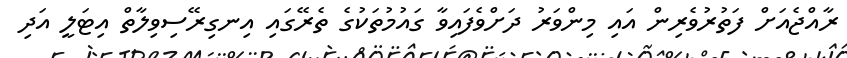
ރާއްޖެއަށް ފަތުރުވެރިން އައި މިންވަރު ދަށްވެފައިވާ ގައުމުތަކުގެ ތެރޭގައި އިނގިރޭސިވިލާތް އިޓަލީ އަދި